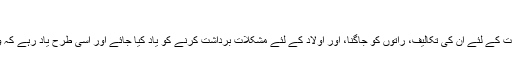
[19]
ملا احمد نراقی کی نگاہ میں، عاق والدین سے نجات کے لئے ان کی تکالیف، راتوں کو جاگنا، اور اولاد کے لئے مشکلات برداشت کرنے کو یاد کیا جائے اور اسی طرح یاد رہے کہ والد کی بد دعا اللہ کے حضور مستجاب ہوتی ہے۔